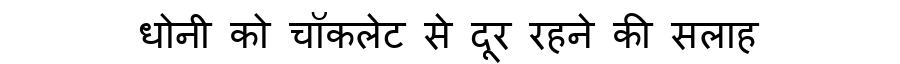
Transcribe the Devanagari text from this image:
धोनी को चॉकलेट से दूर रहने की सलाह